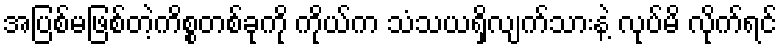
အပြစ်မဖြစ်တဲ့ကိစ္စတစ်ခုကို ကိုယ်က သံသယရှိလျက်သားနဲ့ လုပ်မိ လိုက်ရင်